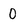
Character: 0